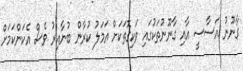
ގާނޫނު އަސާސީ އާއި ގާނޫނުތަކުގައި ވަކިގޮތަކަށް އަމަލު ކުރާން ބުނާއިރު ވެސް އެކަންކަމަށް